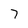
Character: 7